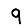
Digit: 9